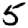
Digit: 5